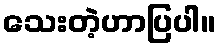
သေးတဲ့ဟာပြပါ။